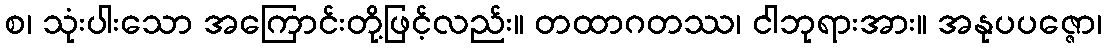
စ၊ သုံးပါးသော အကြောင်းတို့ဖြင့်လည်း။ တထာဂတဿ၊ ငါဘုရားအား။ အနုပပဇ္ဇော၊